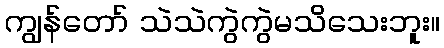
ကျွန်တော် သဲသဲကွဲကွဲမသိသေးဘူး။